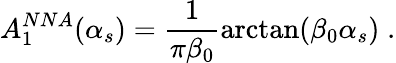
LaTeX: {A}_{1}^{NNA}({\alpha}_{s})=\frac{1}{{\pi}{\beta}_{0}}{\arctan}({\beta}_{0}{\alpha}_{s})\; .